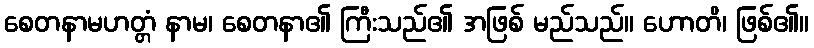
စေတနာမဟတ္တံ နာမ၊ စေတနာ၏ ကြီးသည်၏ အဖြစ် မည်သည်။ ဟောတိ၊ ဖြစ်၏။